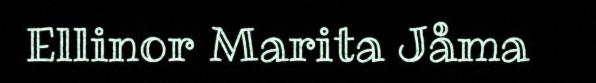
Ellinor Marita Jåma